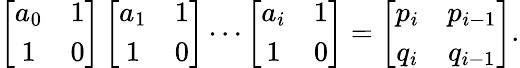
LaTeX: \left[\begin{array}{cc}{{a_{0}}}&{{1}}\\ {{1}}&{{0}}\end{array}\right]\left[\begin{array}{cc}{{a_{1}}}&{{1}}\\ {{1}}&{{0}}\end{array}\right]\cdots\left[\begin{array}{cc}{{a_{i}}}&{{1}}\\ {{1}}&{{0}}\end{array}\right]=\left[\begin{array}{cc}{{p_{i}}}&{{p_{i-1}}}\\ {{q_{i}}}&{{q_{i-1}}}\end{array}\right].